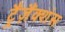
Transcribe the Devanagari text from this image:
ट्रैंज़ैंक्शंस